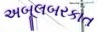
અબૂલબરકાત